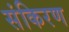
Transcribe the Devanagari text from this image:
संकिरण